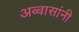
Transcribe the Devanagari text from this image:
अब्बासांनी